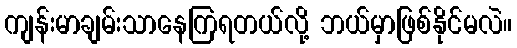
ကျန်းမာချမ်းသာနေကြရတယ်လို့ ဘယ်မှာဖြစ်နိုင်မလဲ။